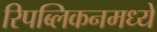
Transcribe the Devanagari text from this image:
रिपब्लिकनमध्ये